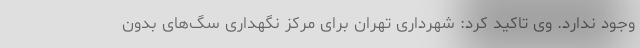
وجود ندارد. وی تاکید کرد: شهرداری تهران برای مرکز نگهداری سگ‌های بدون